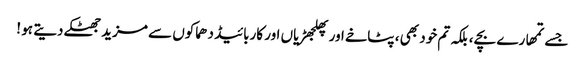
جسے تمھارے بچے ، بلکہ تم خود بھی ، پٹاخے اور پھلجھڑیاں اور کاربائیڈ دھماکوں سے مزید جھٹکے دیتے ہو !